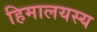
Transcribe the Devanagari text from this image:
हिमालयस्य